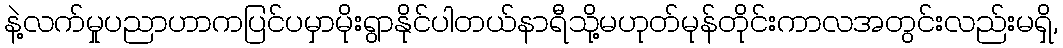
နဲ့လက်မှုပညာဟာကပြင်ပမှာမိုးရွာနိုင်ပါတယ်နာရီသို့မဟုတ်မုန်တိုင်းကာလအတွင်းလည်းမရှိ,